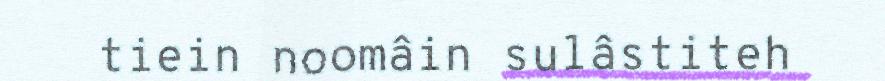
tiein noomâin sulâstiteh